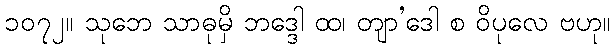
၁၀၇၂။ သုဘေ သာဓုမှိ ဘဒ္ဒေါ ထ၊ တျာ’ဒေါ စ ဝိပုလေ ဗဟု။